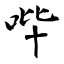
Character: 哔